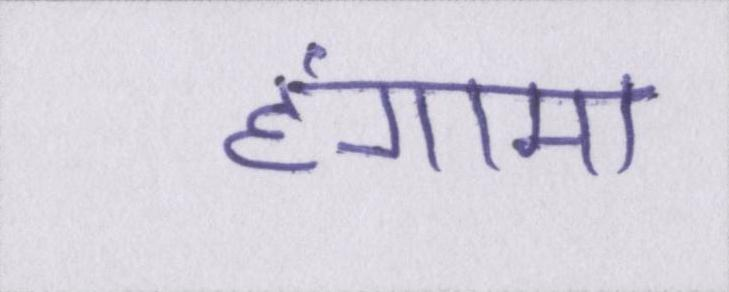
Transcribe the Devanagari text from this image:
हंगामा